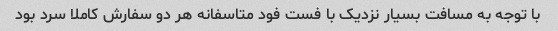
با توجه به مسافت بسیار نزدیک با فست فود متاسفانه هر دو سفارش کاملا سرد بود